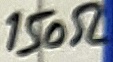
Text: 150Ω